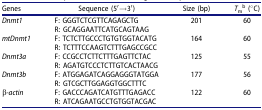
<table><thead><tr><td><b>Genes</b></td><td><b>Sequence (5′→3′)</b></td><td><b>Size (bp)</b></td><td><b><i>T</i><sub>m</sub><sup>b</sup> (°C)</b></td></tr></thead><tbody><tr><td rowspan="2"><i>Dnmt1</i></td><td>F: GGGTCTCGTTCAGAGCTG</td><td rowspan="2">201</td><td rowspan="2">60</td></tr><tr><td>R: GCAGGAATTCATGCAGTAAG</td></tr><tr><td rowspan="2"><i>mtDnmt1</i></td><td>F: TCTCTTGCCCTGTGTGGTACATG</td><td rowspan="2">164</td><td rowspan="2">60</td></tr><tr><td>R: TCTTTCCAAGTCTTTGAGCCGCC</td></tr><tr><td rowspan="2"><i>Dnmt3a</i></td><td>F: CCGCCTCTTCTTTGAGTTCTAC</td><td rowspan="2">125</td><td rowspan="2">55</td></tr><tr><td>R: AGATGTCCCTCTTGTCACTAACG</td></tr><tr><td rowspan="2"><i>Dnmt3b</i></td><td>F: ATGGAGATCAGGAGGGTATGGA</td><td rowspan="2">177</td><td rowspan="2">56</td></tr><tr><td>R: GTCGCTTGGAGGTGGCTTTC</td></tr><tr><td rowspan="2">β<i>-actin</i></td><td>F: GACCCAGATCATGTTTGAGACC</td><td rowspan="2">122</td><td rowspan="2">60</td></tr><tr><td>R: ATCAGAATGCCTGTGGTACGAC</td></tr></tbody></table>